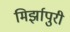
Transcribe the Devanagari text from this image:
मिर्झापुरी